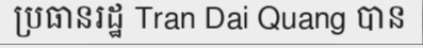
ប្រធានរដ្ឋ Tran Dai Quang បាន